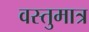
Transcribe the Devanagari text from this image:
वस्तुमात्र